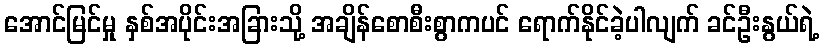
အောင်မြင်မှု နှစ်အပိုင်းအခြားသို့ အချိန်စောစီးစွာကပင် ရောက်နိုင်ခဲ့ပါလျက် ခင်ဦးနွယ်ရဲ့